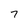
Character: 7